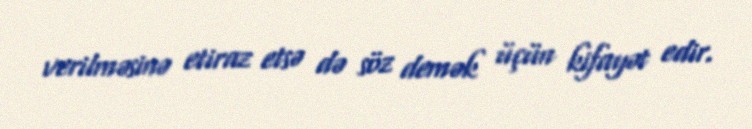
verilməsinə etiraz etsə də söz demək üçün kifayət edir.